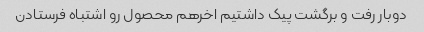
دوبار رفت و برگشت پیک داشتیم اخرهم محصول رو اشتباه فرستادن